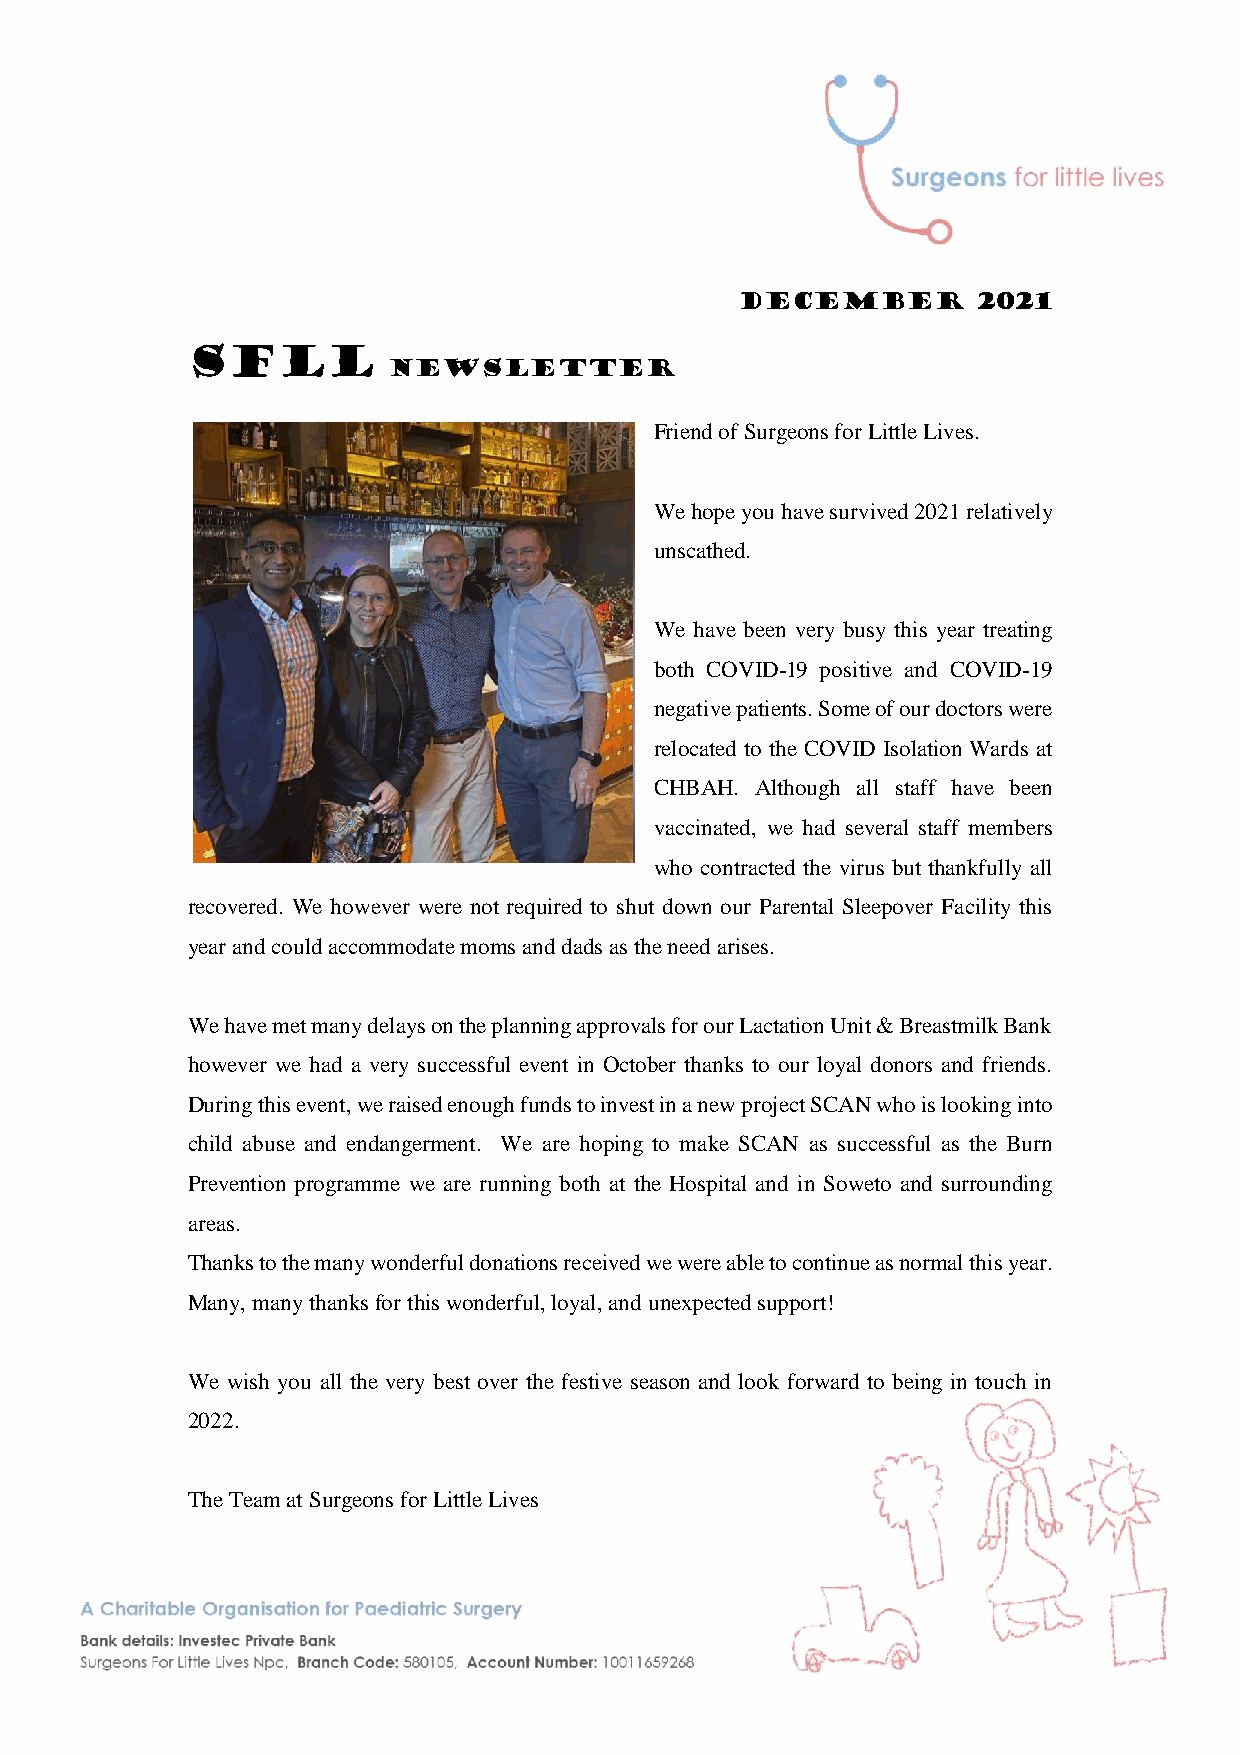
DECEMBER        2021
 SFLL
 Newsletter
 Friend of Surgeons for Little Lives.
 We hope you have survived 2021 relatively
 unscathed.
 We have been very busy this year treating
 both COVID-19 positive and COVID-19
 negative patients. Some of our doctors were
 relocated to the COVID Isolation Wards at
 CHBAH. Although all staff have been
 vaccinated, we had several staff members
 who contracted the virus but thankfully all
 recovered. We however were not required to shut down our Parental Sleepover Facility this
 year and could accommodate moms and dads as the need arises.
 We have met many delays on the planning approvals for our Lactation Unit & Breastmilk Bank
 however we had a very successful event in October thanks to our loyal donors and friends.
 During this event, we raised enough funds to invest in a new project SCAN who is looking into
 child abuse and endangerment. We are hoping to make SCAN as successful as the Burn
 Prevention programme we are running both at the Hospital and in Soweto and surrounding
 areas.
 Thanks to the many wonderful donations received we were able to continue as normal this year.
 Many, many thanks for this wonderful, loyal, and unexpected support!
 We wish you all the very best over the festive season and look forward to being in touch in
 2022.
 The Team at Surgeons for Little Lives